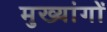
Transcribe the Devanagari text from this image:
मुख्यांगों